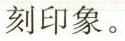
刻印象。